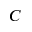
C